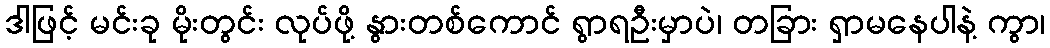
ဒါဖြင့် မင်းခု မိုးတွင်း လုပ်ဖို့ နွားတစ်ကောင် ရွာရဦးမှာပဲ၊ တခြား ရှာမနေပါနဲ့ ကွာ၊